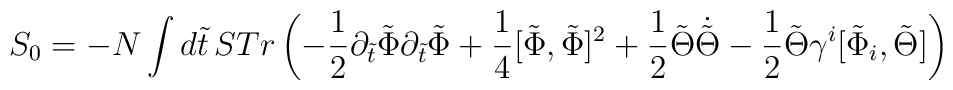
S_0 = - N \int d\tilde t \,STr \left( - \frac{1}{2} \partial_{\tilde t} \tilde\Phi \partial_{\tilde t} \tilde \Phi + \frac{1}{4} [\tilde \Phi, \tilde \Phi]^2+ {1\over 2} \tilde \Theta \dot{\tilde \Theta}-{1\over 2}\tilde \Theta \gamma^i [ \tilde \Phi_i, \tilde \Theta] \right)